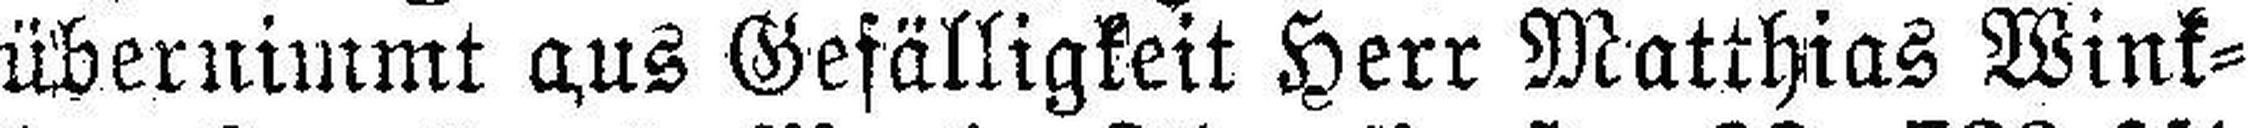
übernimmt aus Gefälligkeit Herr Matthias Wink¬